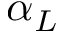
\alpha _ { L }